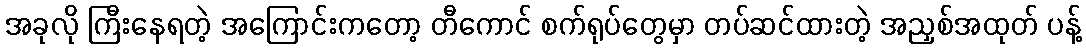
အခုလို ကြီးနေရတဲ့ အကြောင်းကတော့ တီကောင် စက်ရုပ်တွေမှာ တပ်ဆင်ထားတဲ့ အညှစ်အထုတ် ပန့်